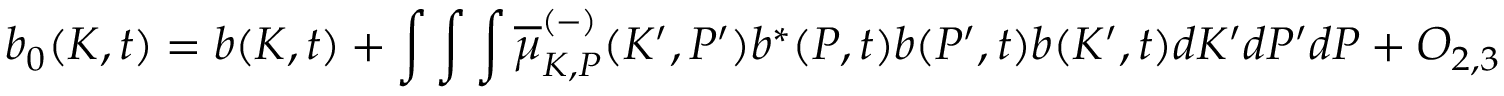
b _ { 0 } ( K , t ) = b ( K , t ) + \int \int \int \overline { { { \mu } } } _ { K , P } ^ { ( - ) } ( K ^ { \prime } , P ^ { \prime } ) b ^ { \ast } ( P , t ) b ( P ^ { \prime } , t ) b ( K ^ { \prime } , t ) d K ^ { \prime } d P ^ { \prime } d P + O _ { 2 , 3 }